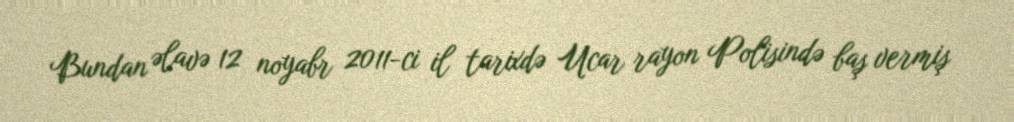
Bundan əlavə 12 noyabr 2011-ci il tarixdə Ucar rayon Polisində baş vermiş